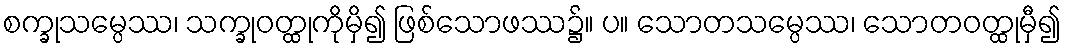
စက္ခုသမ္ပေဿ၊ သက္ခုဝတ္ထုကိုမှိ၍ ဖြစ်သောဖဿ၌။ ပ။ သောတသမ္ပေဿ၊ သောတဝတ္ထုမှီ၍